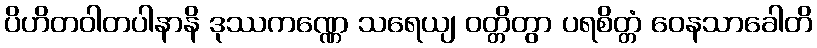
ပိဟိတဝါတပါနာနိ ဒုဿကဏ္ဏေ သရေယျ ဝတ္တိတွာ ပရစိတ္တံ ဝေနသာခေါတိ